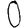
Digit: 0